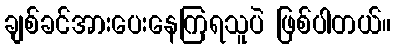
ချစ်ခင်အားပေးနေကြရသူပဲ ဖြစ်ပါတယ်။